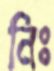
নিঃ